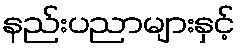
နည်းပညာများနှင့်